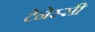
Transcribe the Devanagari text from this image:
टेनेस्सी